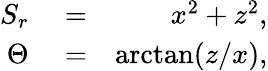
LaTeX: \begin{array}{rlr}{S_{r}}&{{}=}&{x^{2}+z^{2},}\\ {\Theta}&{{}=}&{\arctan(z/x),}\end{array}